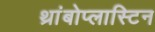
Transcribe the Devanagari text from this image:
थ्रांबोप्लास्टिन